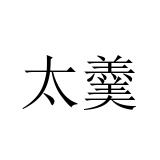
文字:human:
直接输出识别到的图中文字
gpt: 太羹